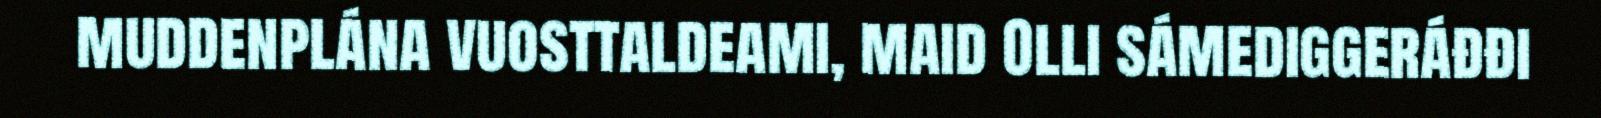
muddenplána vuosttaldeami, maid Olli sámediggeráđđi